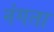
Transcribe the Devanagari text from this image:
नंगता